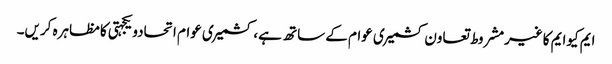
ایم کیوایم کاغیرمشروط تعاون کشمیری عوام کے ساتھ ہے، کشمیری عوام اتحادویکجہتی کامظاہرہ کریں۔